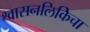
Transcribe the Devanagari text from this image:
श्वासनलिकिेचा